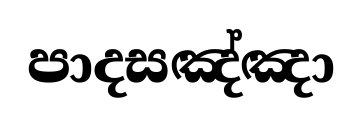
පාදසඤ්ඤා